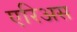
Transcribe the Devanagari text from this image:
एरिअस